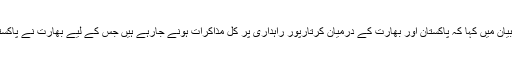
ترجمان دفتر خارجہ ڈاکٹر محمد فیصل نے اپنے ٹوئٹر بیان میں کہا کہ پاکستان اور بھارت کے درمیان کرتارپور راہداری پر کل مذاکرات ہونے جارہے ہیں جس کے لیے بھارت نے پاکستانی صحافیوں کو ویزے نہیں دیے جس پر افسوس ہے۔